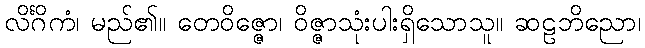
လိင်္ဂိကံ၊ မည်၏။ တေဝိဇ္ဇော၊ ဝိဇ္ဇာသုံးပါးရှိသောသူ။ ဆဠဘိညော၊